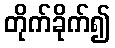
တိုက်ခိုက်၍